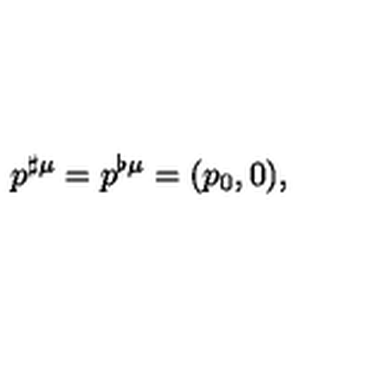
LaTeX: p ^ { \sharp \mu } = p ^ { \flat \mu } = ( p _ { 0 } , 0 ) ,